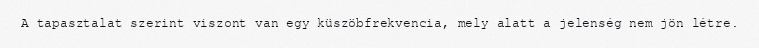
A tapasztalat szerint viszont van egy küszöbfrekvencia, mely alatt a jelenség nem jön létre.